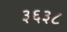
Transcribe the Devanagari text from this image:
३६३८